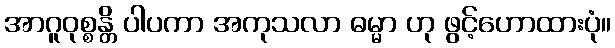
အာဂူဝုစ္စန္တိ ပါပကာ အကုသလာ ဓမ္မာ ဟု ဖွင့်ဟောထားပုံ။